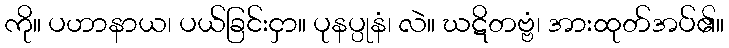
ကို။ ပဟာနာယ၊ ပယ်ခြင်းငှာ။ ပုနပ္ပုနံ၊ လဲ။ ဃဋိတဗ္ဗံ၊ အားထုတ်အပ်၏။